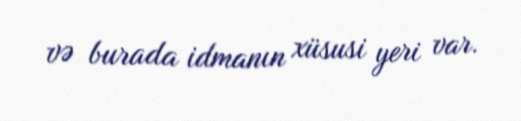
və burada idmanın xüsusi yeri var.